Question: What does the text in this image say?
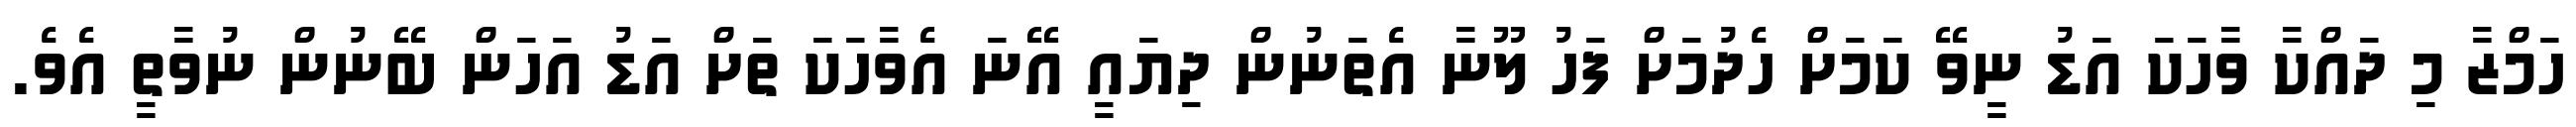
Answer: ހަމްޒާ މި ދައްކާ ވާހަކަ އަޑު ނީވޭ ކަމަށް ހެދުމަށް ފަހު ލޫނާ އެތަނުން ދިޔައީ އޭނަ އެވާހަކަ ތަށް އަޑު އަހަން ބޭނުން ނުވާތީ އެވެ.